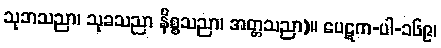
သုဘသညာ၊ သုခသညာ နိစ္စသညာ၊ အတ္တသညာ)။ ပေဋက-ပါ-၁၆၉၊